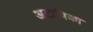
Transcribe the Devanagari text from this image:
अटाविका